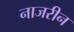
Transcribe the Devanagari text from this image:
नाजरीन